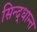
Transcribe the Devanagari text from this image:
सिन्द्धान्त